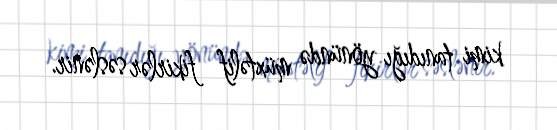
kimi tanıdığı yönündə müxtəlif fikirlər səslənir.